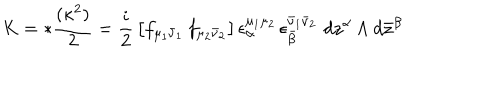
K = * { \frac { ( \kappa ^ { 2 } ) } { 2 } } = { \frac { i } { 2 } } \left[ f _ { \mu _ { 1 } \bar { \nu } _ { 1 } } \, f _ { \mu _ { 2 } \bar { \nu } _ { 2 } } \right] \epsilon _ { \hspace { 0 . 2 5 i n } \alpha } ^ { \mu _ { 1 } \mu _ { 2 } } \, \epsilon _ { \hspace { 0 . 2 5 i n } \bar { \beta } } ^ { \bar { \nu } _ { 1 } \bar { \nu } _ { 2 } } \, \, d z ^ { \alpha } \wedge d \bar { z } ^ { \beta }